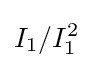
I_{1}/I_{1}^{2}